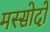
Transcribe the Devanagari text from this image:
मस्सोदों